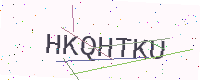
Text: HKQHTKU